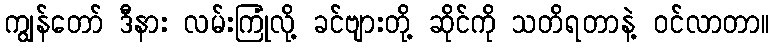
ကျွန်တော် ဒီနား လမ်းကြုံလို့ ခင်ဗျားတို့ ဆိုင်ကို သတိရတာနဲ့ ဝင်လာတာ။